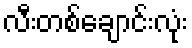
လီးတစ်ချောင်းလုံး